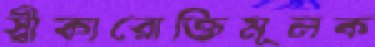
স্বীকারোক্তিমূলক